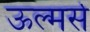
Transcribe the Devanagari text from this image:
ऊल्मर्स